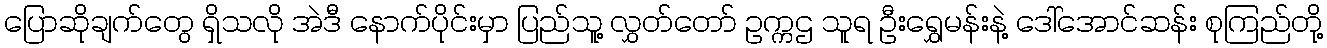
ပြောဆိုချက်တွေ ရှိသလို အဲဒီ နောက်ပိုင်းမှာ ပြည်သူ့ လွှတ်တော် ဥက္ကဌ သူရ ဦးရွှေမန်းနဲ့ ဒေါ်အောင်ဆန်း စုကြည်တို့